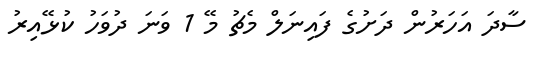
ސާދަ އަހަރުން ދަށުގެ ފައިނަލް މެޗު މޭ 1 ވަނަ ދުވަހު ކުޅޭއިރު